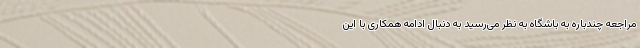
مراجعه چندباره به باشگاه به نظر می‌رسید به دنبال ادامه همکاری با این